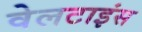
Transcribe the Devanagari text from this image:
वेलटाइंस